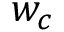
w _ { c }